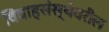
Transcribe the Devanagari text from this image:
विवाहसंस्थेवरील